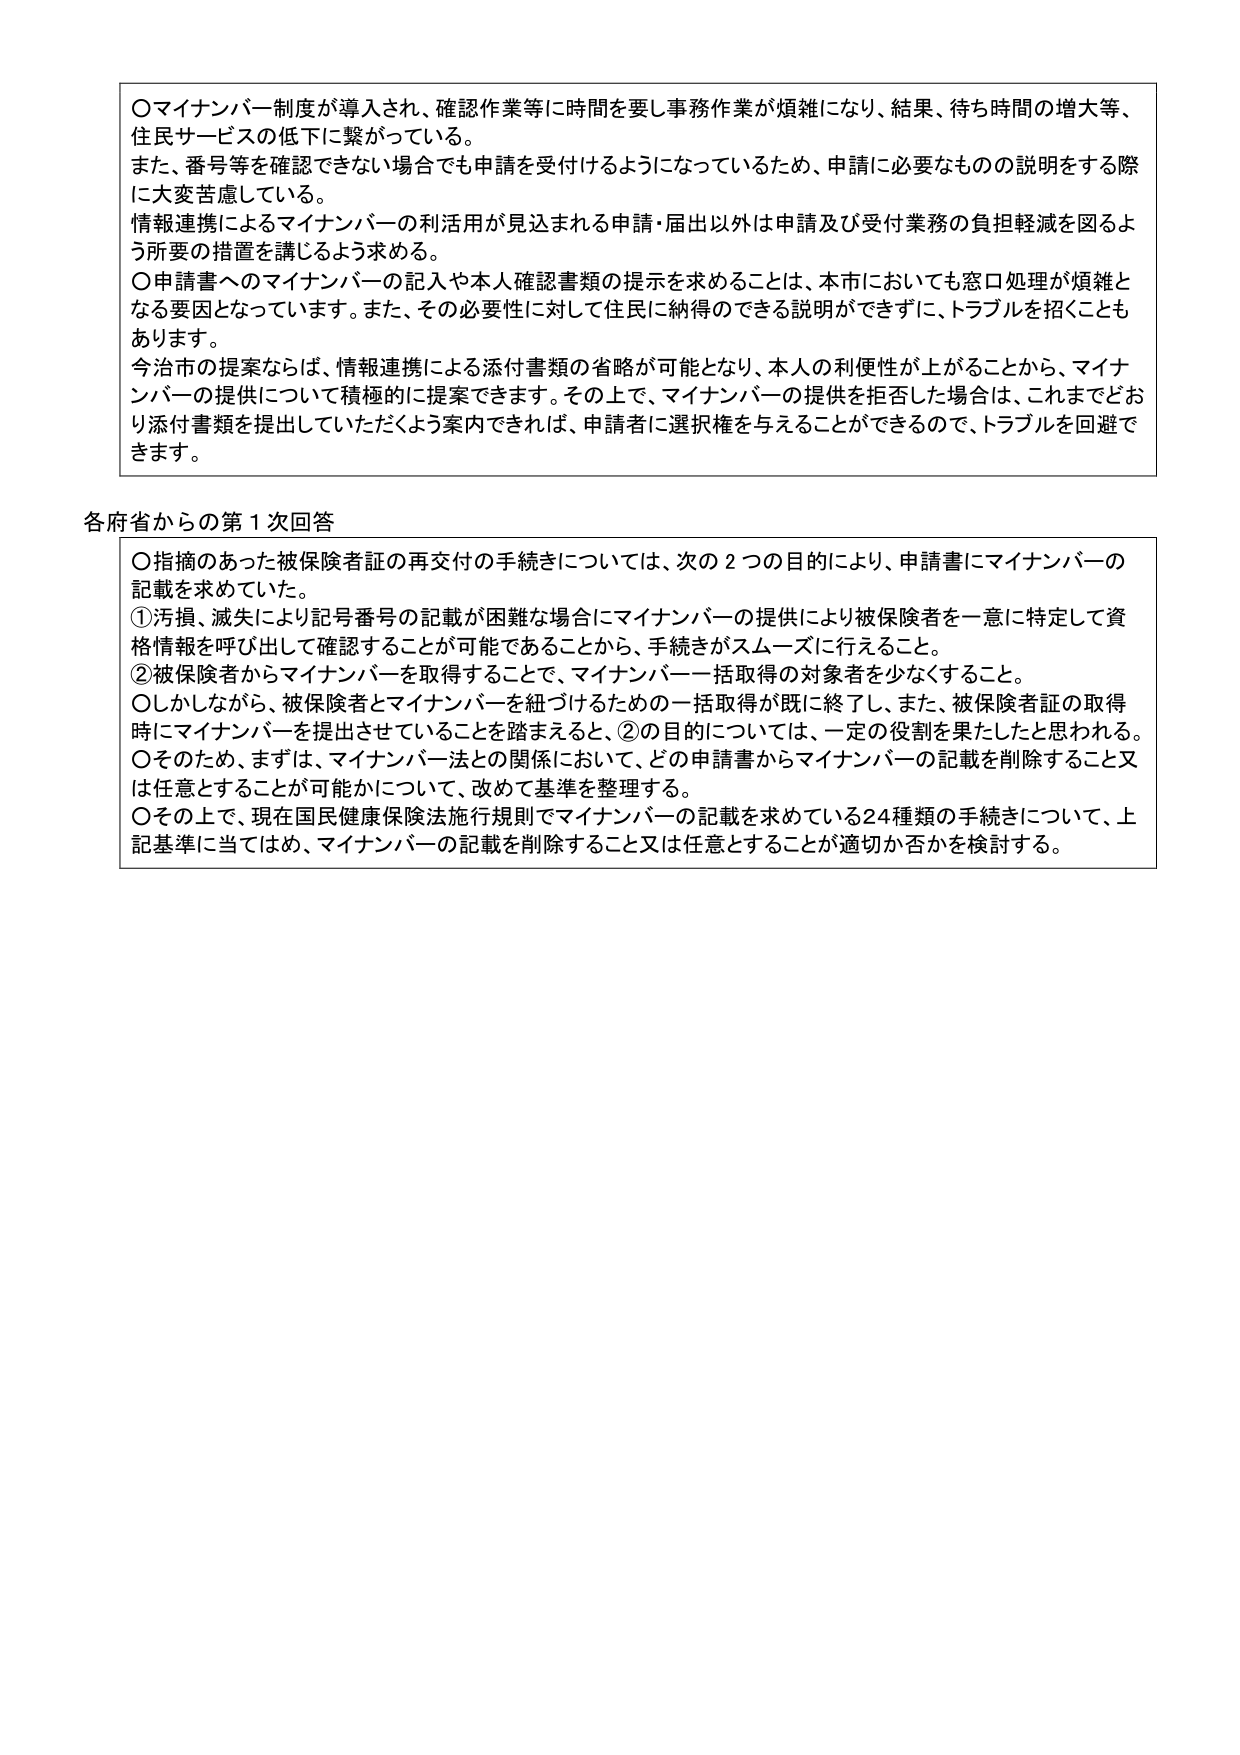
〇マイナンバー制度が導入され、確認作業等に時間を要し事務作業が煩雑になり、結果、待ち時間の増大等、住民サービスの低下に繋がっている。
また、番号等を確認できない場合でも申請を受付けするようになっているため、申請に必要なものの説明をする際に大変苦慮している。
情報連携によるマイナンバーの利活用が見込まれる申請・届出以外は申請及び受付業務の負担軽減を図るよう所要の措置を講じよう求める。
〇申請書へのマイナンバーの記入や本人確認書類の提示を求めることは、本市においても窓口処理が煩雑となる要因となっています。また、その必要性に対して住民に納得のできる説明ができずに、トラブルを招くこともあります。
今治市の提案ならば、情報連携による添付書類の省略が可能となり、本人の利便性が上がることから、マイナンバーの提供について積極的に提案できます。その上で、マイナンバーの提供を拒否した場合は、これまでどおり添付書類を提出していただくよう案内できれば、申請者に選択権を与えることができるので、トラブルを回避できます。

各府省からの第1次回答
〇指摘のあった被保険者証の再交付の手続きについては、次の2つの目的により、申請書にマイナンバーの記載を求めていた。
①汚損、滅失により記号番号の記載が困難な場合にマイナンバーの提供により被保険者を一意に特定して資格情報を呼び出して確認することが可能であることから、手続きがスムーズに行えること。
②被保険者からマイナンバーを取得することで、マイナンバー一括取得の対象者を少なくすること。
〇しかしながら、被保険者とマイナンバーを紐づけるための一括取得が既に終了し、また、被保険者証の取得時にマイナンバーを提出させていることを踏まえると、②の目的については、一定の役割を果たしたと思われる。
〇そのため、まずは、マイナンバー法との関係において、どの申請書からマイナンバーの記載を削除すること又は任意とすることが可能かについて、改めて基準を整理する。
〇その上で、現在国民健康保険法施行規則でマイナンバーの記載を求めている24種類の手続きについて、上記基準に当てはめ、マイナンバーの記載を削除すること又は任意とすることが適切か否かを検討する。